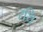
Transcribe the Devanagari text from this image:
रथि